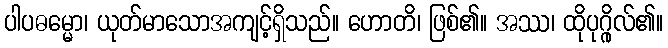
ပါပဓမ္မော၊ ယုတ်မာသောအကျင့်ရှိသည်။ ဟောတိ၊ ဖြစ်၏။ အဿ၊ ထိုပုဂ္ဂိုလ်၏။